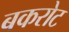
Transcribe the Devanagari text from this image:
बकरोट